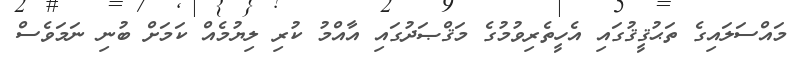
މައްސަލައިގެ ތަޙުޤީޤުގައި އެހީތެރިވުމުގެ މަޤްޞަދުގައި އާއްމު ކުރި ލިޔުމެއް ކަމަށް ބުނި ނަމަވެސް